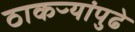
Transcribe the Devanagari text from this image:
ठाकऱ्यांपुढे